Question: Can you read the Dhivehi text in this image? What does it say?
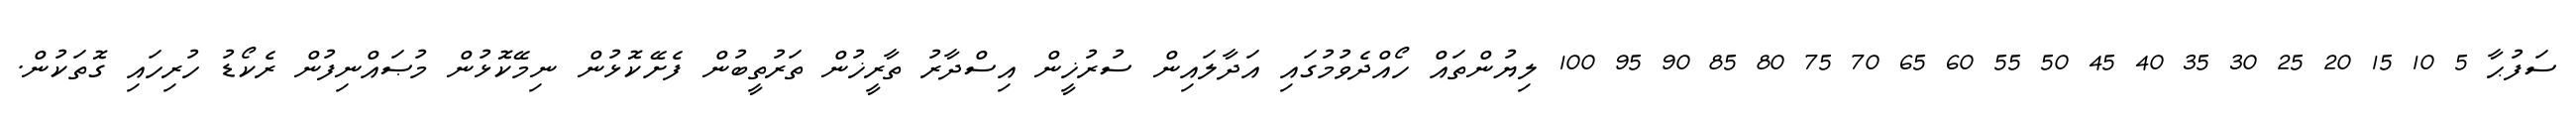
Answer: ސަފުޙާ 5 10 15 20 25 30 35 40 45 50 55 60 65 70 75 80 85 90 95 100 ލިޔުންތައް ހޯއްދެވުމުގައި އަދާލައިން ސުރުޚީން އިސްދާރު ތާރީޚުން ތަރުތީބުން ފެށޭކޮޅުން ނިމޭކޮޅުން މުޞައްނިފުން ރެކޯޑު ހުރިހައި ގޮތަކުން.